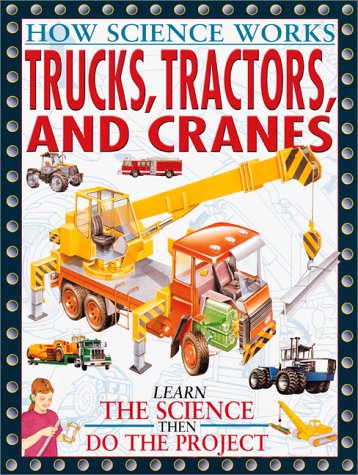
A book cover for Trucks, Tractors, And Cranes (How Science Works); Bryson Gore; Children's Books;